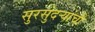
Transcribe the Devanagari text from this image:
सुरसुंदऱ्यांची